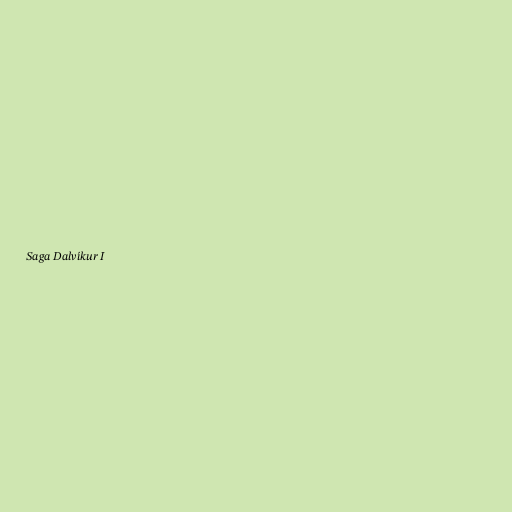
Saga Dalvíkur I